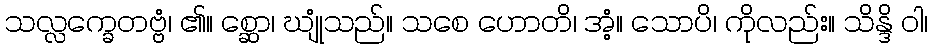
သလ္လက္ခေတဗ္ဗံ၊ ၏။ စ္ဆော၊ ဃျုံသည်။ သစေ ဟောတိ၊ အံ့။ သောပိ၊ ကိုလည်း။ သိန္ဒိ ဝါ၊